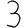
Digit: 3